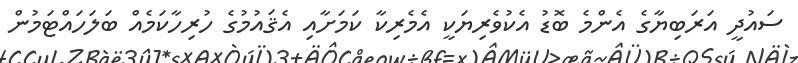
ސައުދީ އަރަބިޔާގެ އެންމެ ބޮޑު އެކުވެރިޔަކީ އެމެރިކާ ކަމަށާއި އެޤައުމުގެ ހުރިހާކަމެއް ބަލަހައްޓަމުން